Annual administration and progress report of the Indian Medical Department, Bombay
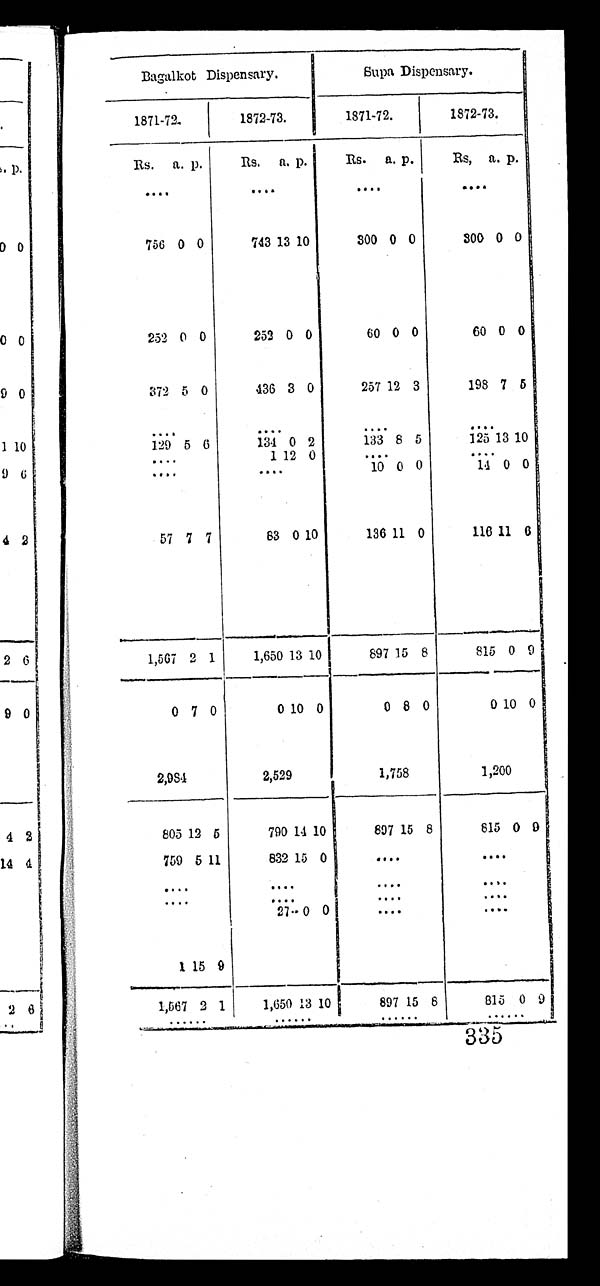
Bagalkot Dispensary.
Supa Dispensary.
1871-72.
1872-73.
1871-72.
1872-73.
Rs.
a. p.
R s .
a. p.
Rs.
a. p.
R s ,
a. p.
. . .
. . .
. . .
. . .
756 0 0
743 13 10
300 0 0
300 0 0
252 0 0
252 0 0 60 0 0
60 0 0
372 5 0
436 3 0
257 12 3
198 7 5
. . .
. . .
. . .
. . .
129 5 6
134
0 2
133 8 5
125 13 10
. . .
1 12
0
. . .
. . .
. . .
. . .
10 0 0
14 0 0
57 7 7
8 3
0 10
136 11 0
116 11 6
1,567 2 1
1,650 13 10
897 15 8
815
0 9
0 7 0
0 10 0
0 8 0
0
10 0
2,984
2,529
1,758
1,200
805 12 5
790 14 10
897 15 8
815 0 9
759 5 11
832 15 0
. . .
. . .
. . .
. . .
. . .
. . .
. . .
. . .
. . .
. . .
27 0 0
. . .
. . .
1 15
9
1,567 2 1
1,650 13 10
897 15 8
815 0 9
. . .
. . .
. . .. . .
335